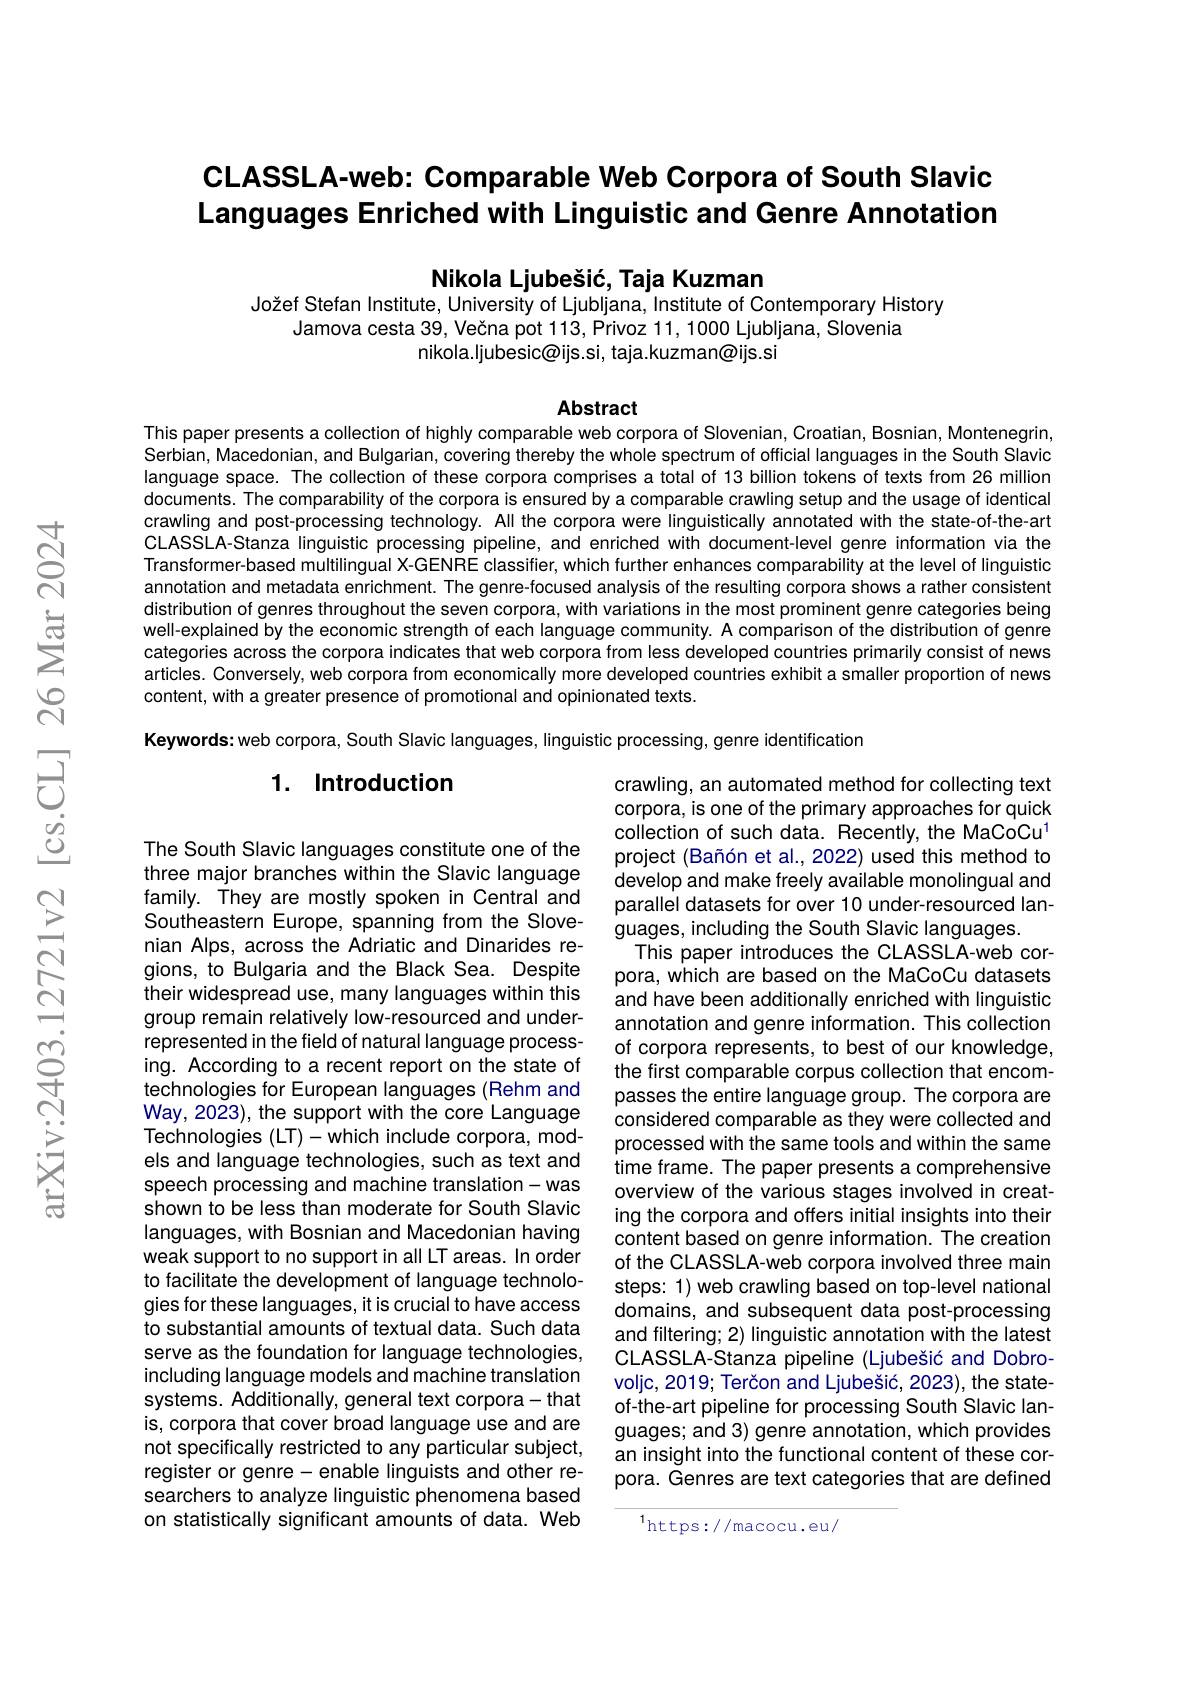
# CLASSLA-web: Comparable Web Corpora of South Slavic Languages Enriched with Linguistic and Genre Annotation

Nikola Ljubešić, Taja Kuzman
Jožef Stefan Institute, University of Ljubljana, Institute of Contemporary History

Jamova cesta 39, Večna pot 113, Privoz 11,1000 Ljubljana, Slovenia
nikola.ljubesic@ijs.si, taja.kuzman@ijs.si

Abstract

This paper presents a collection of highly comparable web corpora of Slovenian, Croatian, Bosnian, Montenegrin, Serbian, Macedonian, and Bulgarian, covering thereby the whole spectrum of official languages in the South Slavic language space. The collection of these corpora comprises a total of 13 billion tokens of texts from 26 million documents. The comparability of the corpora is ensured by a comparable crawling setup and the usage of identical crawling and post-processing technology. All the corpora were linguistically annotated with the state-of-the-art CLASSLA-Stanza linguistic processing pipeline, and enriched with document-level genre information via the Transformer-based multilingual X-GENRE classifier, which further enhances comparability at the level of linguistic annotation and metadata enrichment. The genre-focused analysis of the resulting corpora shows a rather consistent distribution of genres throughout the seven corpora, with variations in the most prominent genre categories being well-explained by the economic strength of each language community. A comparison of the distribution of genre categories across the corpora indicates that web corpora from less developed countries primarily consist of news articles. Conversely, web corpora from economically more developed countries exhibit a smaller proportion of news content, with a greater presence of promotional and opinionated texts.

Keywords: web corpora, South Slavic languages, linguistic processing, genre identification

## 1. Introduction

crawling, an automated method for collecting text corpora, is one of the primary approaches for quick collection of such data. Recently, the MaCoCu$^{1}$ project (Bañón et al., 2022) used this method to develop and make freely available monolingual and parallel datasets for over 10 under-resourced languages, including the South Slavic languages.
This paper introduces the CLASSLA-web corpora, which are based on the MaCoCu datasets and have been additionally enriched with linguistic annotation and genre information. This collection of corpora represents, to best of our knowledge, the first comparable corpus collection that encompasses the entire language group. The corpora are considered comparable as they were collected and processed with the same tools and within the same time frame. The paper presents a comprehensive overview of the various stages involved in creating the corpora and offers initial insights into their content based on genre information. The creation of the CLASSLA-web corpora involved three main steps: 1) web crawling based on top-level national domains, and subsequent data post-processing and filtering; 2) linguistic annotation with the latest CLASSLA-Stanza pipeline (Ljubešić and Dobrovoljc, 2019; Terčon and Ljubešić, 2023), the stateof-the-art pipeline for processing South Slavic languages; and 3) genre annotation, which provides an insight into the functional content of these corpora. Genres are text categories that are defined

The South Slavic languages constitute one of the three major branches within the Slavic language family. They are mostly spoken in Central and Southeastern Europe, spanning from the Slovenian Alps, across the Adriatic and Dinarides regions, to Bulgaria and the Black Sea. Despite their widespread use, many languages within this group remain relatively low-resourced and underrepresented in the field of natural language processing. According to a recent report on the state of technologies for European languages (Rehm and Way, 2023), the support with the core Language Technologies (LT)-which include corpora, models and language technologies, such as text and speech processing and machine translation-was shown to be less than moderate for South Slavic languages, with Bosnian and Macedonian having weak support to no support in all LT areas. In order to facilitate the development of language technologies for these languages, it is crucial to have access to substantial amounts of textual data. Such data serve as the foundation for language technologies, including language models and machine translation systems. Additionally, general text corpora- that is, corpora that cover broad language use and are not specifically restricted to any particular subject, register or genre- enable linguists and other researchers to analyze linguistic phenomena based on statistically significant amounts of data. Web

$^{1}$https://macocu.eu/